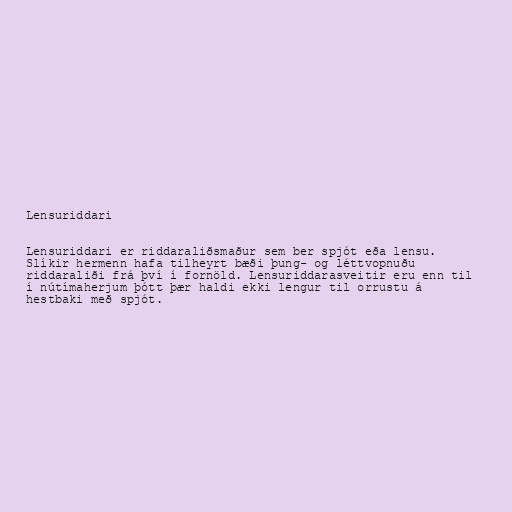
Lensuriddari

Lensuriddari er riddaraliðsmaður sem ber spjót eða lensu.
Slíkir hermenn hafa tilheyrt bæði þung- og léttvopnuðu
riddaraliði frá því í fornöld. Lensuriddarasveitir eru enn til
í nútímaherjum þótt þær haldi ekki lengur til orrustu á
hestbaki með spjót.